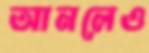
আনলেও